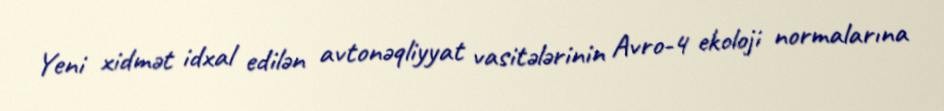
Yeni xidmət idxal edilən avtonəqliyyat vasitələrinin Avro-4 ekoloji normalarına